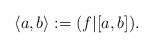
\begin{align*}\langle a, b \rangle := ( f | [a, b] ). \end{align*}